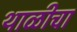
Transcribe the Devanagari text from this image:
थाळीचा